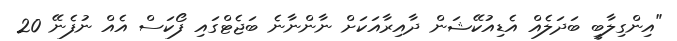
"އިންގިލާބީ ބަދަލެއް އެޑިއުކޭޝަން ދާއިރާއަކަށް ނާންނާނެ ބަޖެޓްގައި ފޯކަސް އެއް ނުފެނޭ 20